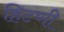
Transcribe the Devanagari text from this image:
हिटणी